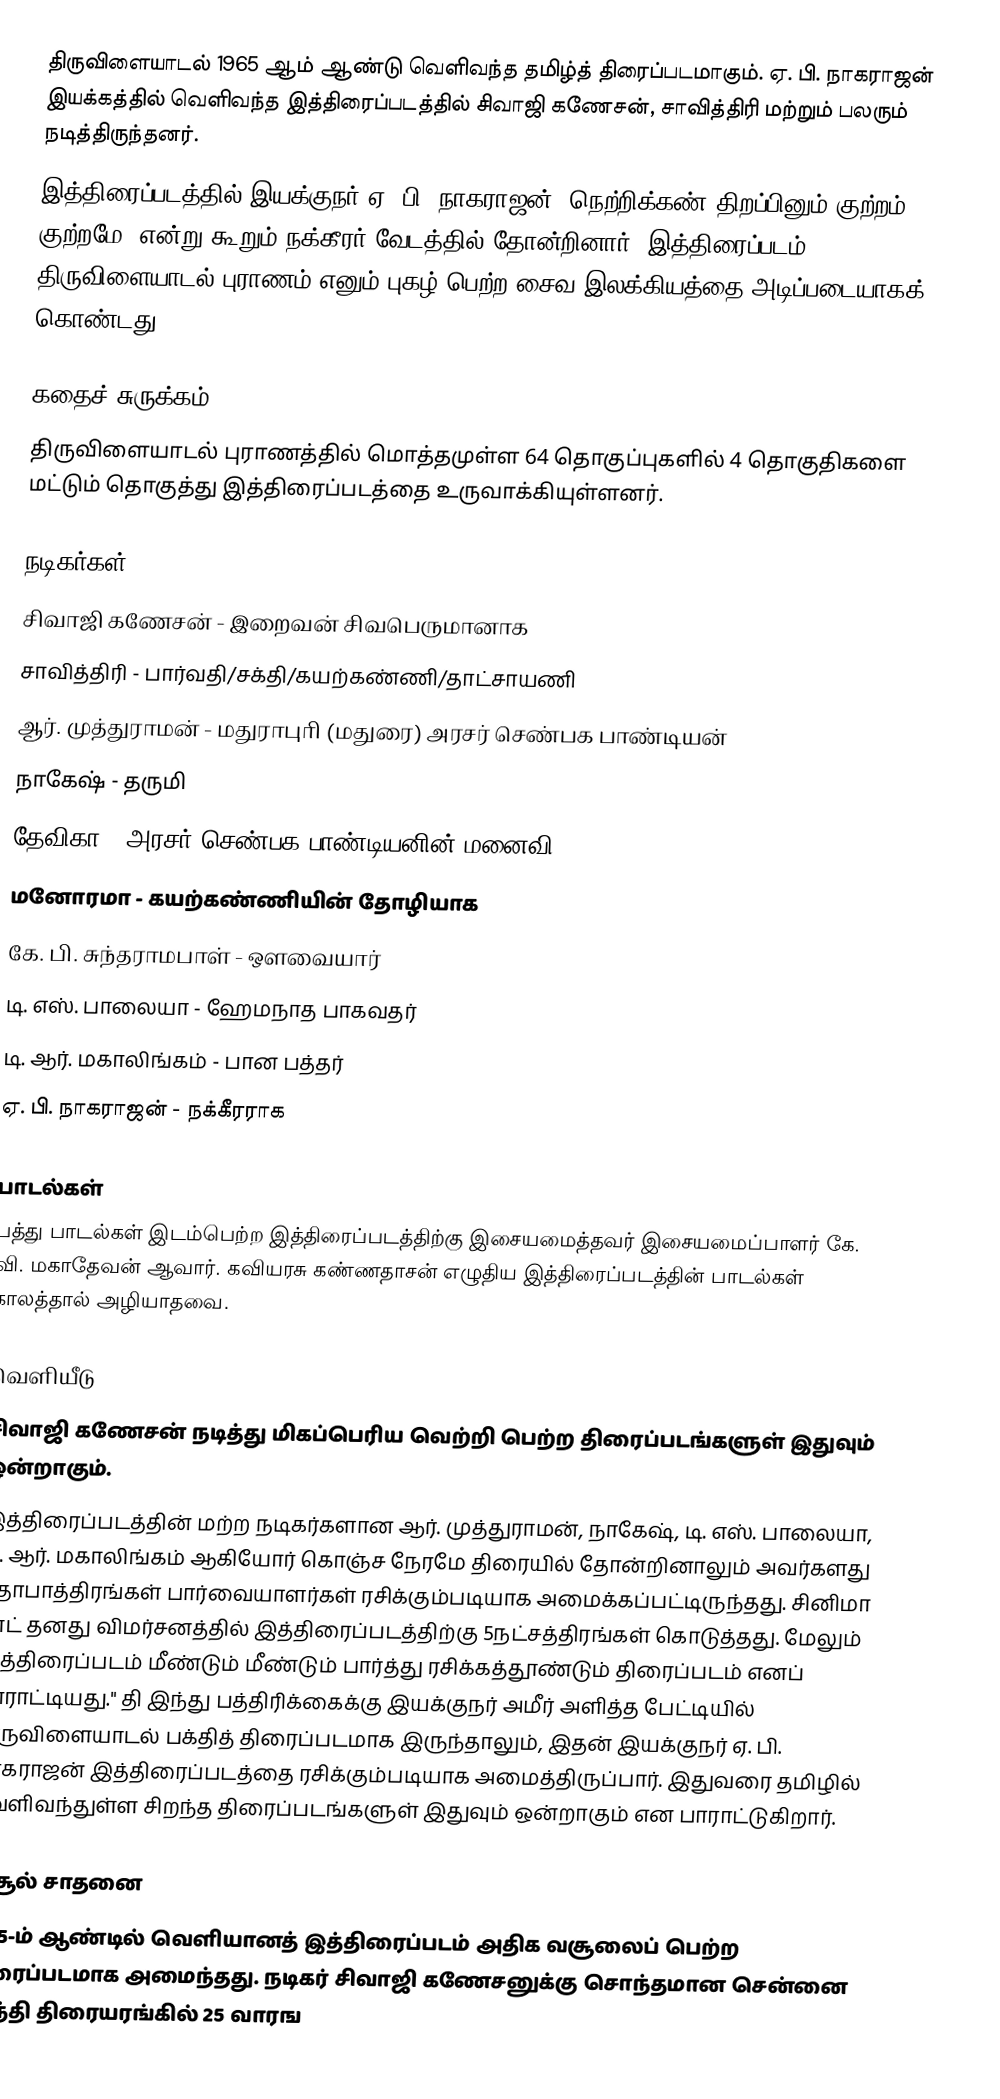
திருவிளையாடல் 1965 ஆம் ஆண்டு வெளிவந்த தமிழ்த் திரைப்படமாகும். ஏ. பி. நாகராஜன் இயக்கத்தில் வெளிவந்த இத்திரைப்படத்தில் சிவாஜி கணேசன், சாவித்திரி மற்றும் பலரும் நடித்திருந்தனர்.
இத்திரைப்படத்தில் இயக்குநர் ஏ. பி. நாகராஜன் 'நெற்றிக்கண் திறப்பினும் குற்றம் குற்றமே' என்று கூறும் நக்கீரர் வேடத்தில் தோன்றினார். இத்திரைப்படம் திருவிளையாடல் புராணம் எனும் புகழ் பெற்ற சைவ இலக்கியத்தை அடிப்படையாகக் கொண்டது.

கதைச் சுருக்கம்
திருவிளையாடல் புராணத்தில் மொத்தமுள்ள 64 தொகுப்புகளில் 4 தொகுதிகளை மட்டும் தொகுத்து இத்திரைப்படத்தை உருவாக்கியுள்ளனர்.

நடிகர்கள்
சிவாஜி கணேசன் - இறைவன் சிவபெருமானாக
சாவித்திரி - பார்வதி/சக்தி/கயற்கண்ணி/தாட்சாயணி
ஆர். முத்துராமன் - மதுராபுாி (மதுரை) அரசர் செண்பக பாண்டியன்
நாகேஷ் - தருமி
தேவிகா - அரசர் செண்பக பாண்டியனின் மனைவி
மனோரமா - கயற்கண்ணியின் தோழியாக
கே. பி. சுந்தராமபாள் - ஔவையார்
டி. எஸ். பாலையா - ஹேமநாத பாகவதர்
டி. ஆர். மகாலிங்கம் - பான பத்தர்
ஏ. பி. நாகராஜன் - நக்கீரராக

பாடல்கள்
பத்து பாடல்கள் இடம்பெற்ற இத்திரைப்படத்திற்கு இசையமைத்தவர் இசையமைப்பாளர் கே. வி. மகாதேவன் ஆவார். கவியரசு கண்ணதாசன் எழுதிய இத்திரைப்படத்தின் பாடல்கள் காலத்தால் அழியாதவை.

வெளியீடு
சிவாஜி கணேசன் நடித்து மிகப்பெரிய வெற்றி பெற்ற திரைப்படங்களுள் இதுவும் ஒன்றாகும்.
இத்திரைப்படத்தின் மற்ற நடிகர்களான ஆர். முத்துராமன், நாகேஷ், டி. எஸ். பாலையா, டி. ஆர். மகாலிங்கம் ஆகியோர் கொஞ்ச நேரமே திரையில் தோன்றினாலும் அவர்களது கதாபாத்திரங்கள் பார்வையாளர்கள் ரசிக்கும்படியாக அமைக்கப்பட்டிருந்தது. சினிமா சாட் தனது விமர்சனத்தில் இத்திரைப்படத்திற்கு 5நட்சத்திரங்கள் கொடுத்தது. மேலும் இத்திரைப்படம் மீண்டும் மீண்டும் பார்த்து ரசிக்கத்தூண்டும் திரைப்படம் எனப் பாராட்டியது." தி இந்து பத்திரிக்கைக்கு இயக்குநர் அமீர் அளித்த பேட்டியில் திருவிளையாடல் பக்தித் திரைப்படமாக இருந்தாலும், இதன் இயக்குநர் ஏ. பி. நாகராஜன் இத்திரைப்படத்தை ரசிக்கும்படியாக அமைத்திருப்பார். இதுவரை தமிழில் வெளிவந்துள்ள சிறந்த திரைப்படங்களுள் இதுவும் ஒன்றாகும் என பாராட்டுகிறார்.

வசூல் சாதனை
1965-ம் ஆண்டில் வெளியானத் இத்திரைப்படம் அதிக வசூலைப் பெற்ற திரைப்படமாக அமைந்தது. நடிகர் சிவாஜி கணேசனுக்கு சொந்தமான சென்னை சாந்தி திரையரங்கில் 25 வாரங